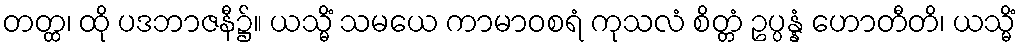
တတ္ထ၊ ထို ပဒဘာဇနီ၌။ ယသ္မိံ သမယေ ကာမာဝစရံ ကုသလံ စိတ္တံ ဥပ္ပန္နံ ဟောတီတိ၊ ယသ္မိံ